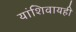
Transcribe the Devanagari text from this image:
यांशिवायही